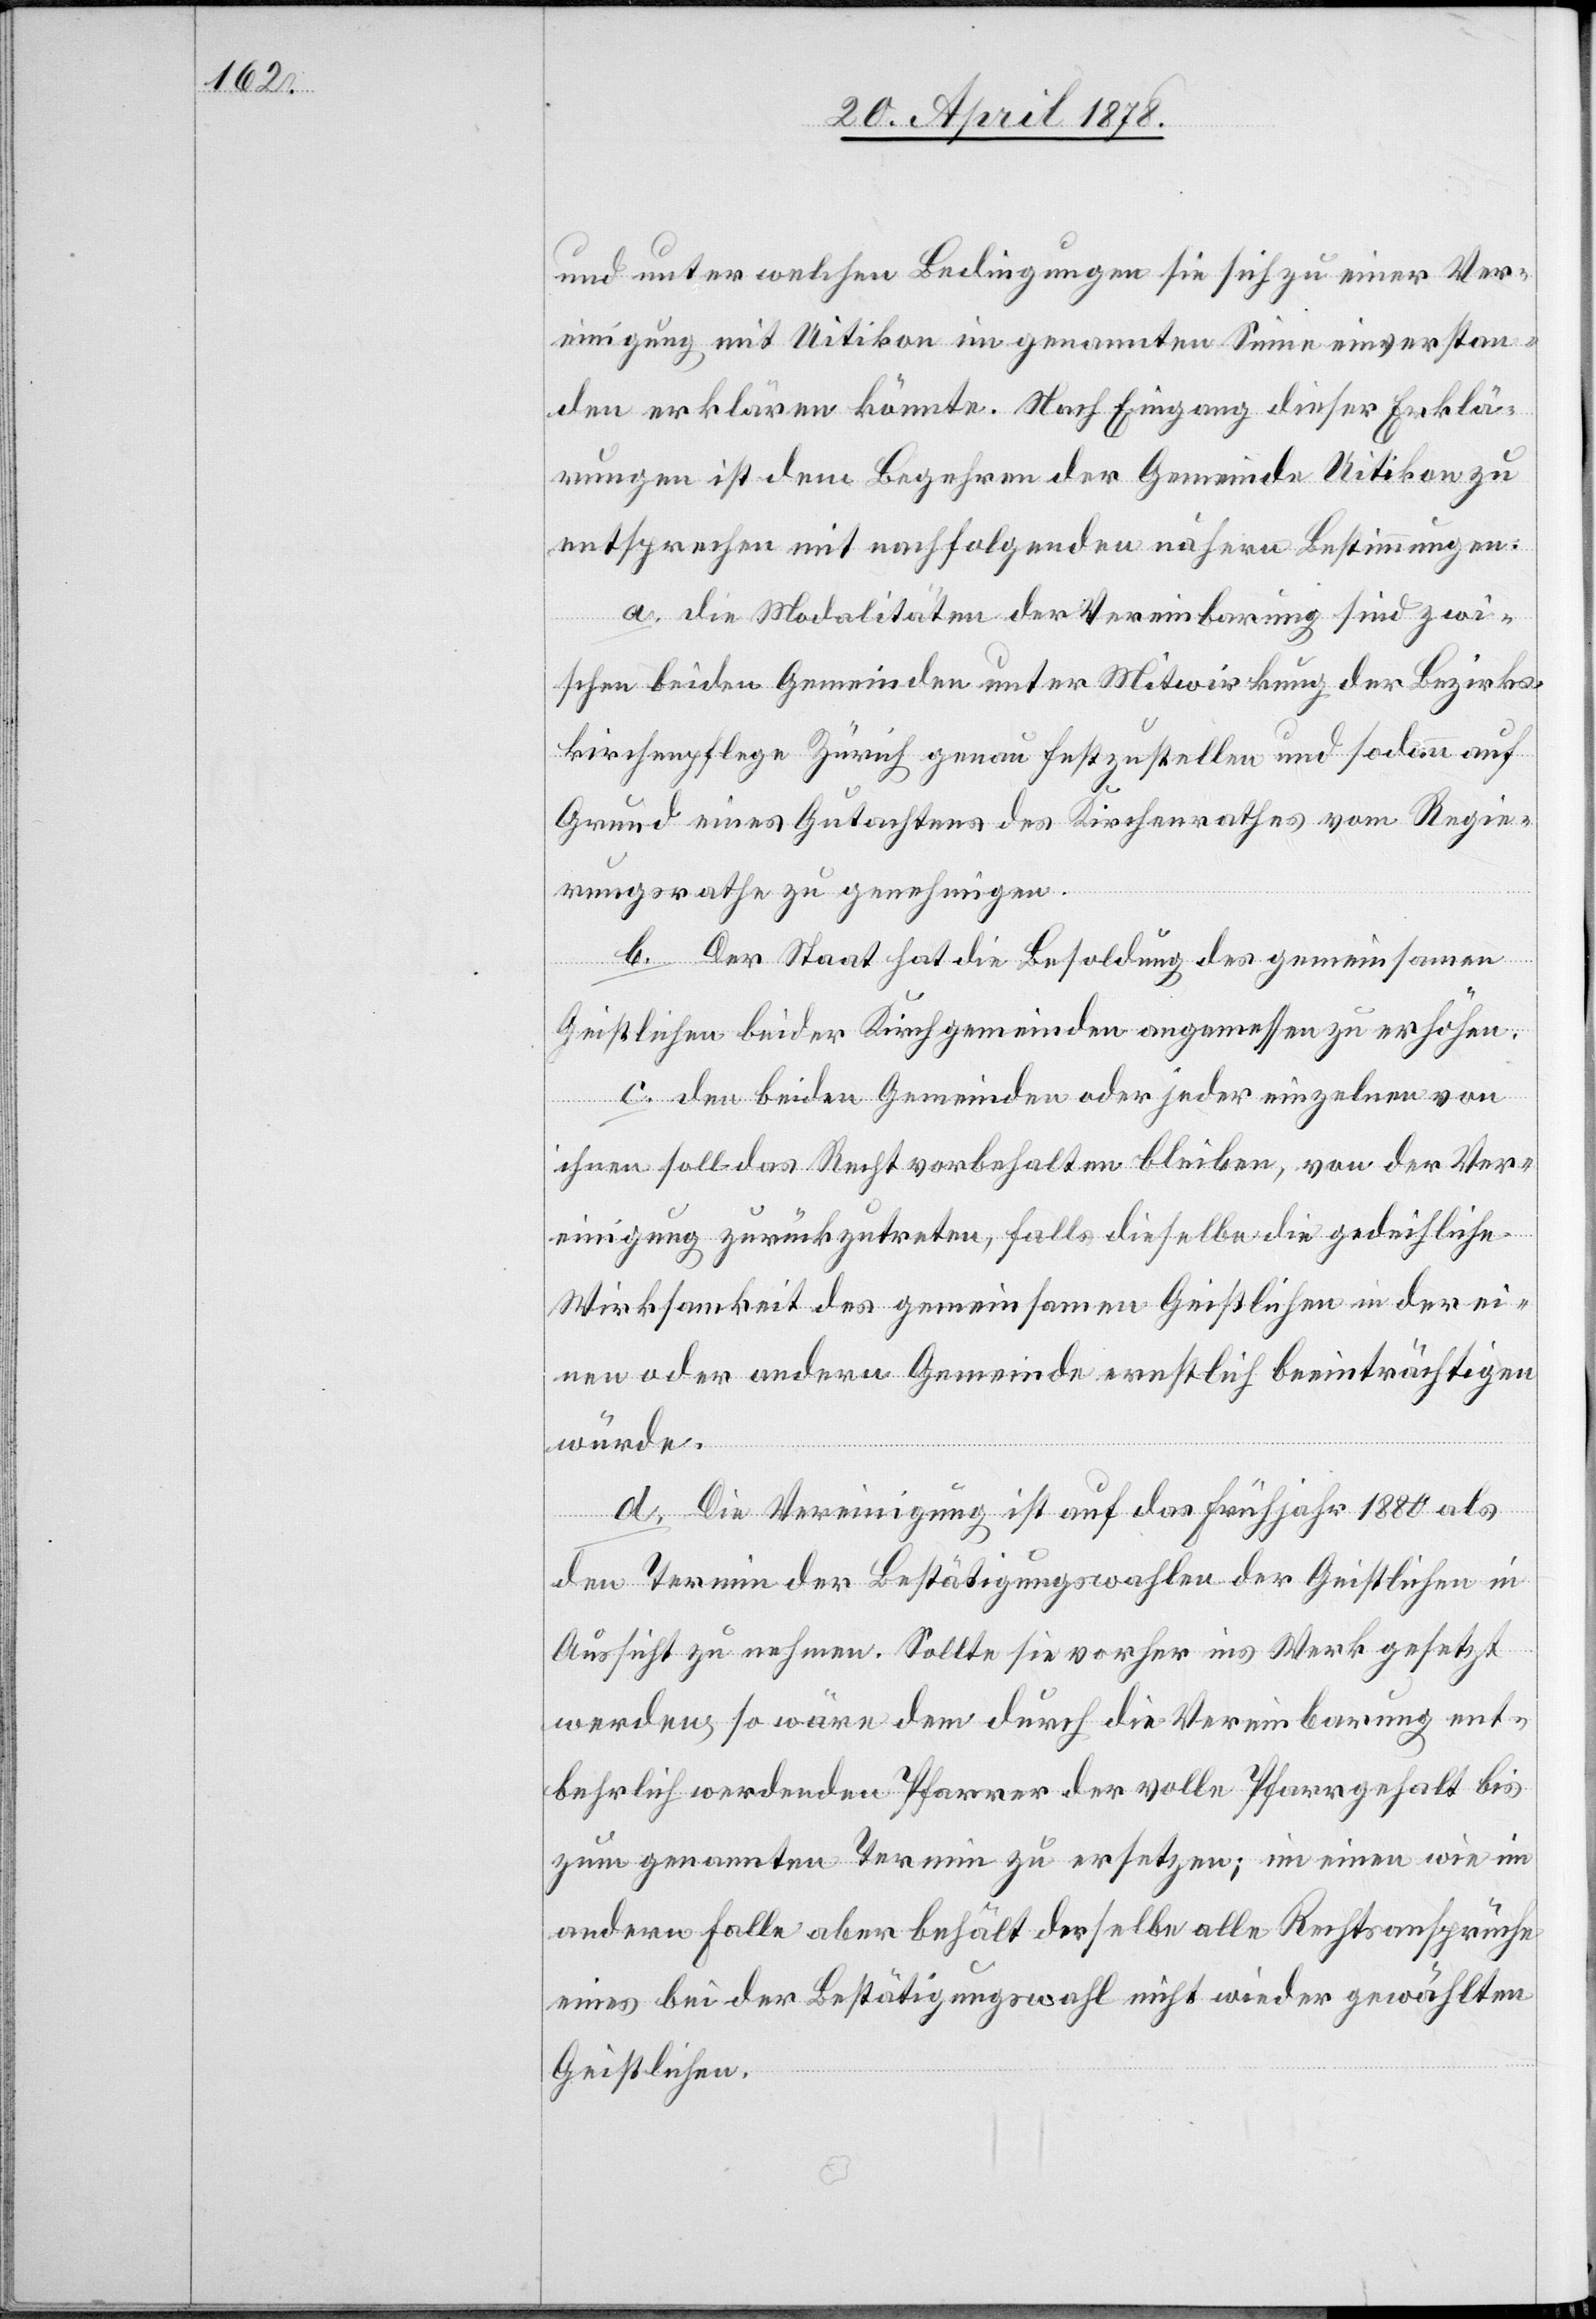
und unter welchen Bedingungen sie sich zu einer Ver¬
einigung mit Uitikon im genannten Sinne einverstan¬
den erklären könnte. Nach Eingang dieser Erklä¬
rungen ist dem Begehren der Gemeinde Uitikon zu
entsprechen mit nachfolgenden nähern Bestimmungen:
a. die Modalitäten der Vereinbarung sind zwi¬
schen beiden Gemeinden unter Mitwirkung der Bezirks¬
kirchenpflege Zürich genau festzustellen und sodann auf
Grund eines Gutachtens des Kirchenrathes vom Regie¬
rungsrathe zu genehmigen.
b. Der Staat hat die Besoldung des gemeinsamen
Geistlichen beider Kirchgemeinden angemessen zu erhöhen.
c. den beiden Gemeinden oder jeder einzelnen von
ihnen soll das Recht vorbehalten bleiben, von der Ver¬
einigung zurückzutreten, falls dieselbe die gedeihliche
Wirksamkeit des gemeinsamen Geistlichen in der ei¬
nen oder andern Gemeinde ernstlich beeinträchtigen
würde.
d. Die Vereinigung ist auf das Frühjahr 1880 als
den Termin der Bestätigungswahlen der Geistlichen in
Aussicht zu nehmen. Sollte sie vorher ins Werk gesetzt
werden, so wäre dem durch die Vereinbarung ent¬
behrlich werdenden Pfarrer der volle Pfarrgehalt bis
zum genannten Termin zu ersetzen; im einen wie im
andern Falle aber behält derselbe alle Rechtsansprüche
eines bei der Bestätigungswahl nicht wieder gewählten
Geistlichen.